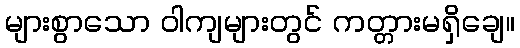
များစွာသော ဝါကျများတွင် ကတ္တားမရှိချေ။